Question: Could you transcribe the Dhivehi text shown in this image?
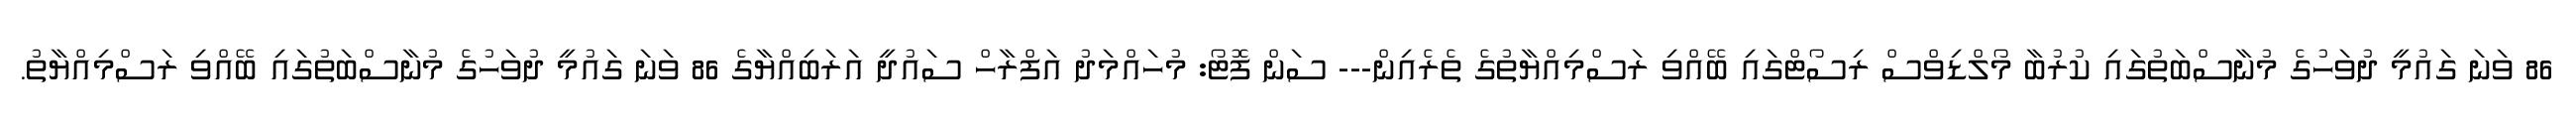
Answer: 86 ވަނަ ގައުމީ ދުވަހުގެ މުނާސްބަތުގައި ކުރުބާ މޯލްޑިވްސް ރިސޯޓްގައި ބޭއްވި ރަސްމިއްޔާތުގެ ތެރެއިން--- ސަން ފޮޓޯ: މުހައްމަދު އަފްރާހް ސައުދީ އަރަބިއްޔާގެ 86 ވަނަ ގައުމީ ދުވަހުގެ މުނާސްބަތުގައި ބޭއްވި ރަސްމިއްޔާތު.